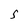
Character: S